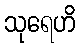
သုရေဟိ